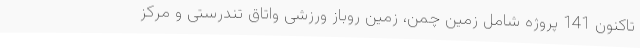
تاکنون 141 پروژه شامل زمین چمن، زمین روباز ورزشی واتاق تندرستی و مرکز